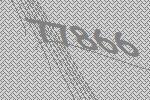
77866